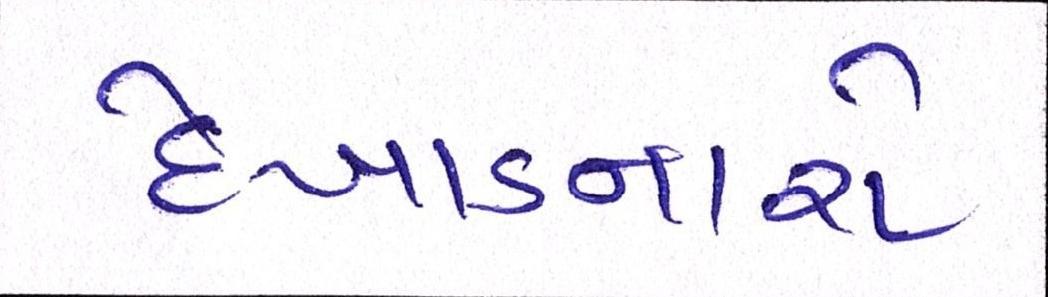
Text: દેખાડનારો